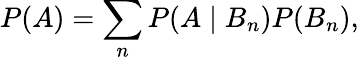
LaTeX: P(A)=\sum_{n}P(A\mid B_{n})P(B_{n}),